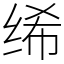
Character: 𫄨